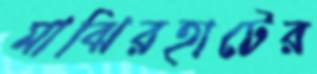
মাঝিরহাটের